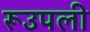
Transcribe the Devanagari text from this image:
रूउपली